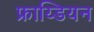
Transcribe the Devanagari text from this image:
फ्राय्डियन